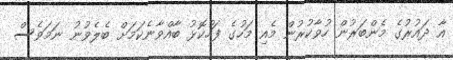
އާ ދައުރުގެ މެންބަރުން ހުވާކުރުން މެއި މަހުގެ ފަހުކޮޅު ބާއްވާނެކަމަށް ބެލެވުނު ނަމަވެސް